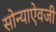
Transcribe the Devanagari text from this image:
सोन्याऐवजी